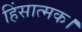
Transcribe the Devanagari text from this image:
हिंसात्मक।